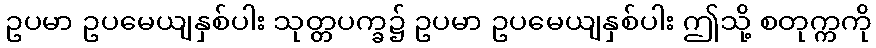
ဥပမာ ဥပမေယျနှစ်ပါး သုတ္တပက္ခ၌ ဥပမာ ဥပမေယျနှစ်ပါး ဤသို့ စတုက္ကကို